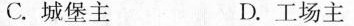
C.城堡主 D.工场主